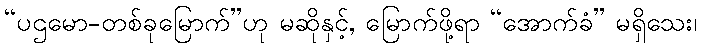
“ပဌမော-တစ်ခုမြောက်”ဟု မဆိုနှင့်, မြောက်ဖို့ရာ “အောက်ခံ” မရှိသေး၊